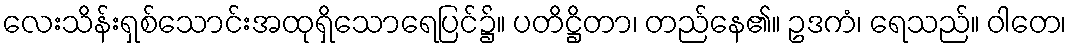
လေးသိန်းရှစ်သောင်းအထုရှိသောရေပြင်၌။ ပတိဋ္ဌိတာ၊ တည်နေ၏။ ဥဒကံ၊ ရေသည်။ ဝါတေ၊